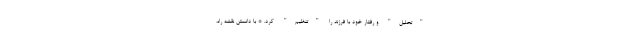
"تحلیل" و رفتار خود با فرزند را "تنظیم" کرد. * با دانستن نقشه راه،